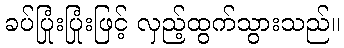
ခပ်ပြုံးပြုံးဖြင့် လှည့်ထွက်သွားသည်။